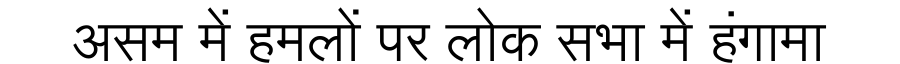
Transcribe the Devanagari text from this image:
असम में हमलों पर लोक सभा में हंगामा